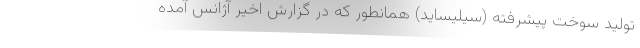
تولید سوخت پیشرفته (سیلیساید) همانطور که در گزارش اخیر آژانس آمده